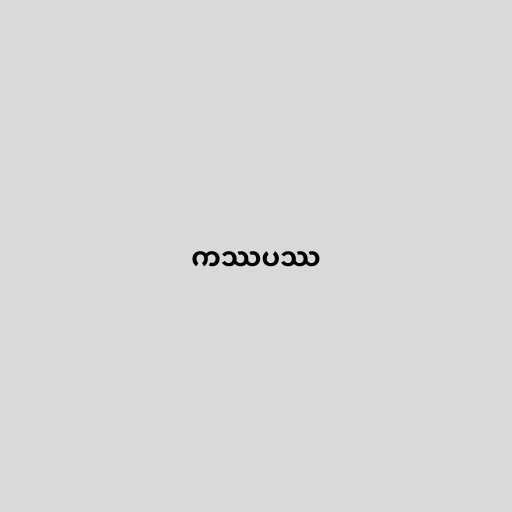
ကဿပဿ